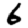
Digit: 6